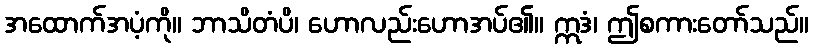
အထောက်အပံ့ကို။ ဘာသိတံပိ၊ ဟောလည်းဟောအပ်၏။ ဣဒံ၊ ဤစကားတော်သည်။